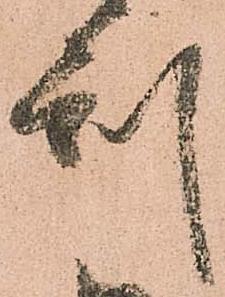
刻